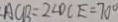
A C B = 2 \angle D C E = 7 0 ^ { \circ }